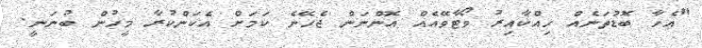
"އެހާ ބޮޑުތަނެއް ހިއްކާއިރު ވޯޓާވޭއެއް އޮންނަން ޖެހޭނެ ކަމަށް އެކަންކުރާ މީހުން ބުނަނީ.